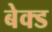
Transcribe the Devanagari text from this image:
बेक्‍ड